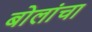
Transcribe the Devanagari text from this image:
बोलांचा